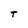
Character: t